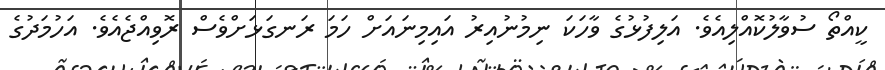
ކީއްތޯ ސުވާލުކޮއްލިއެވެ. އަލިފުޅުގެ ވާހަކަ ނިމުނުއިރު އައިމިނައަށް ހަމަ ރަނގަޅަށްވެސް ރޮވިއްޖެއެވެ. އަހުމަދުގެ